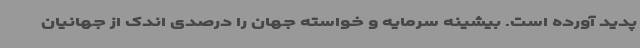
پدید آورده است. بیشینه سرمایه و خواسته جهان را درصدی اندک از جهانیان